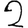
Digit: 2